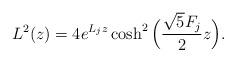
LaTeX: \begin{align*}L^2(z) = 4 e^{L_j z}\cosh^2 \Big ( \frac{\sqrt{5}F_j}{2} z\Big ).\end{align*}